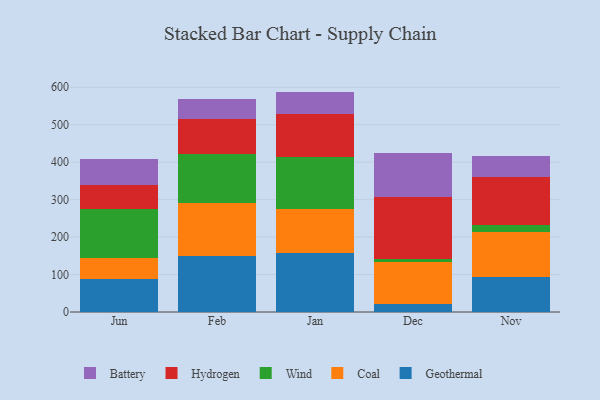
{"axis": {"x": "Month", "y": "Demand Index"}, "legend": ["Battery", "Coal", "Geothermal", "Hydrogen", "Wind"], "data": [{"x": "Jun", "y": 87.6, "type": "Geothermal"}, {"x": "Jun", "y": 57.5, "type": "Coal"}, {"x": "Jun", "y": 130.2, "type": "Wind"}, {"x": "Jun", "y": 62.5, "type": "Hydrogen"}, {"x": "Jun", "y": 70.1, "type": "Battery"}, {"x": "Feb", "y": 149.2, "type": "Geothermal"}, {"x": "Feb", "y": 141.0, "type": "Coal"}, {"x": "Feb", "y": 132.2, "type": "Wind"}, {"x": "Feb", "y": 93.4, "type": "Hydrogen"}, {"x": "Feb", "y": 52.4, "type": "Battery"}, {"x": "Jan", "y": 157.7, "type": "Geothermal"}, {"x": "Jan", "y": 116.5, "type": "Coal"}, {"x": "Jan", "y": 138.5, "type": "Wind"}, {"x": "Jan", "y": 115.6, "type": "Hydrogen"}, {"x": "Jan", "y": 60.1, "type": "Battery"}, {"x": "Dec", "y": 22.4, "type": "Geothermal"}, {"x": "Dec", "y": 110.6, "type": "Coal"}, {"x": "Dec", "y": 9.3, "type": "Wind"}, {"x": "Dec", "y": 165.0, "type": "Hydrogen"}, {"x": "Dec", "y": 116.9, "type": "Battery"}, {"x": "Nov", "y": 94.1, "type": "Geothermal"}, {"x": "Nov", "y": 120.7, "type": "Coal"}, {"x": "Nov", "y": 18.8, "type": "Wind"}, {"x": "Nov", "y": 126.7, "type": "Hydrogen"}, {"x": "Nov", "y": 56.8, "type": "Battery"}]}